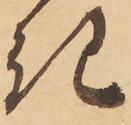
き